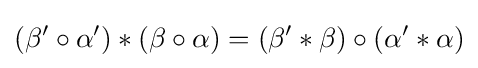
(\beta '\circ \alpha ')*(\beta \circ \alpha )=(\beta '*\beta )\circ (\alpha '*\alpha )